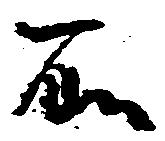
所